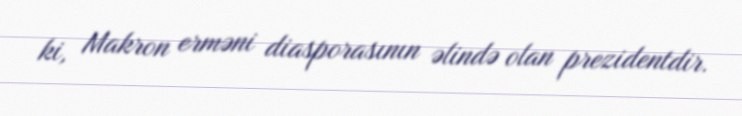
ki, Makron erməni diasporasının əlində olan prezidentdir.